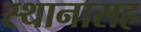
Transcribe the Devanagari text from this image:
स्थानासह